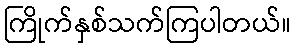
ကြိုက်နှစ်သက်ကြပါတယ်။